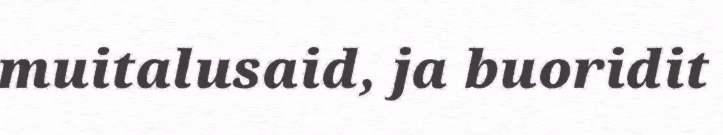
muitalusaid, ja buoridit